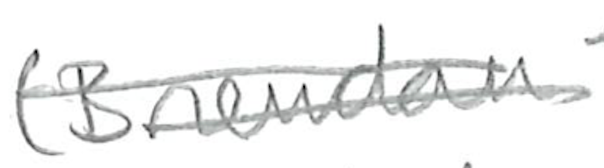
Text: (Brendan
Cross-out: double-line
Writing tool: pencil